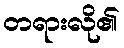
တရားလို၏